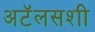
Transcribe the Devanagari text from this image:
अटॅलसशी